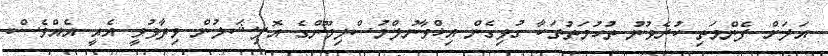
އަލަށް ފެންމަތި ކުރެވުނު ތުހުމަތުތަކާ ގުޅިގެން އިޚްވާނުލްމުސްލިމޫންގެ އޮފިޝަލުން ވިދާޅުވީ އެއީ އެއްވެސް